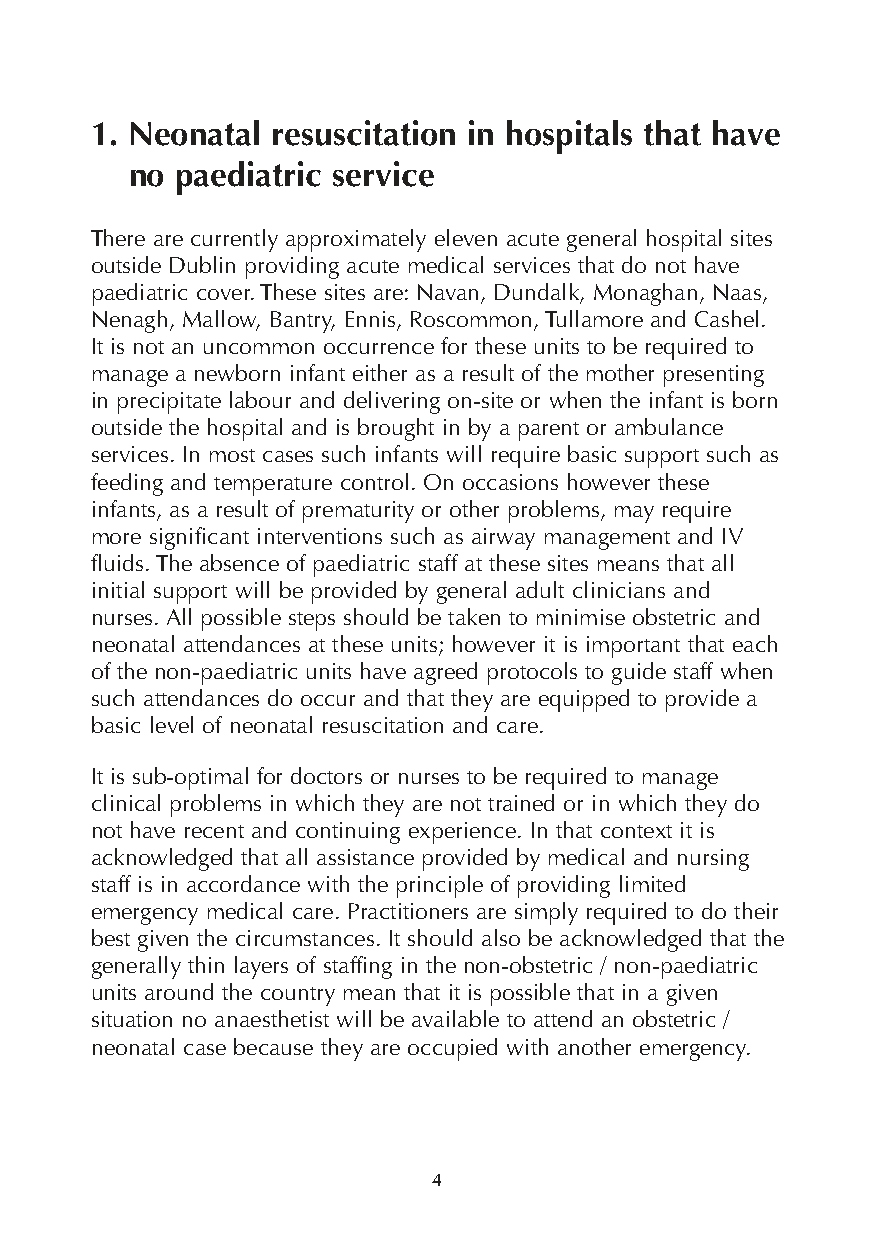
1. Neonatal resuscitation in hospitals that have
 no paediatric service
 There are currently approximately eleven acute general hospital sites
 outside Dublin providing acute medical services that do not have
 paediatric cover. These sites are: Navan, Dundalk, Monaghan, Naas,
 Nenagh, Mallow, Bantry, Ennis, Roscommon, Tullamore and Cashel.
 It is not an uncommon occurrence for these units to be required to
 manage a newborn infant either as a result of the mother presenting
 in precipitate labour and delivering on-site or when the infant is born
 outside the hospital and is brought in by a parent or ambulance
 services. In most cases such infants will require basic support such as
 feeding and temperature control. On occasions however these
 infants, as a result of prematurity or other problems, may require
 more significant interventions such as airway management and IV
 fluids. The absence of paediatric staff at these sites means that all
 initial support will be provided by general adult clinicians and
 nurses. All possible steps should be taken to minimise obstetric and
 neonatal attendances at these units; however it is important that each
 of the non-paediatric units have agreed protocols to guide staff when
 such attendances do occur and that they are equipped to provide a
 basic level of neonatal resuscitation and care.
 It is sub-optimal for doctors or nurses to be required to manage
 clinical problems in which they are not trained or in which they do
 not have recent and continuing experience. In that context it is
 acknowledged that all assistance provided by medical and nursing
 staff is in accordance with the principle of providing limited
 emergency medical care. Practitioners are simply required to do their
 best given the circumstances. It should also be acknowledged that the
 generally thin layers of staffing in the non-obstetric / non-paediatric
 units around the country mean that it is possible that in a given
 situation no anaesthetist will be available to attend an obstetric /
 neonatal case because they are occupied with another emergency.
 4